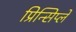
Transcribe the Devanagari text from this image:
प्रिन्सिप्ले